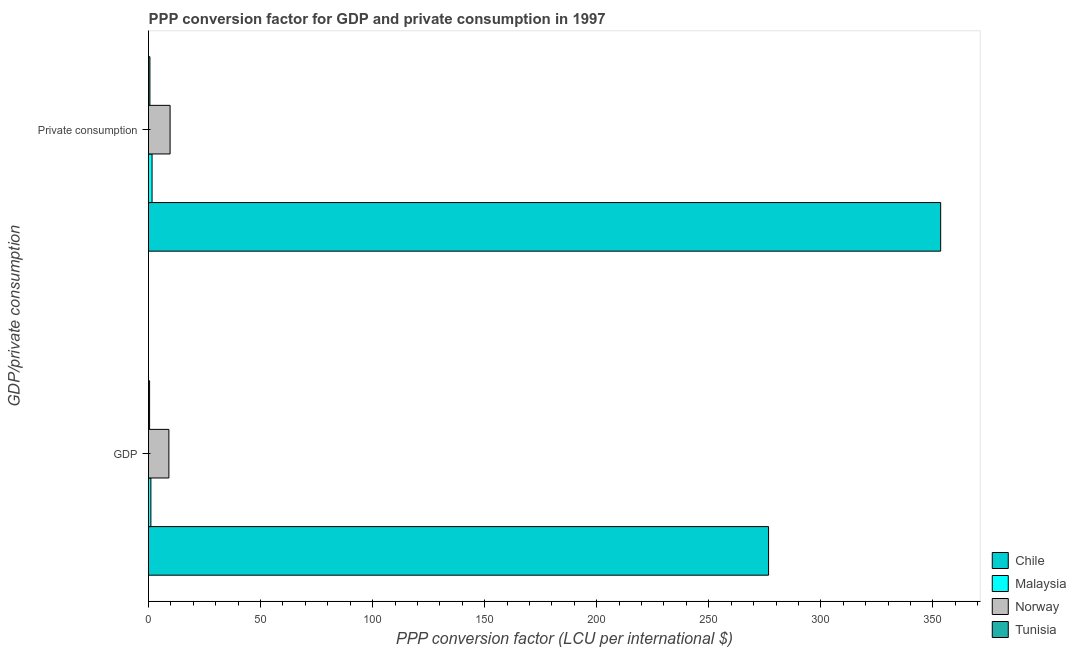
| GDP/private consumption | Chile | Malaysia | Norway | Tunisia |
 | --- | --- | --- | --- | --- |
 | GDP | 277 | 1.06 | 9.09 | 0.481 |
 |  Private consumption | 353 | 1.58 | 9.63 | 0.62 |